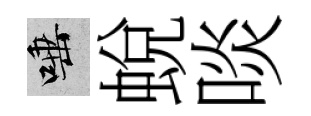
唾蛻啖